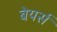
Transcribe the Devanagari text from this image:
बेयर्स